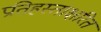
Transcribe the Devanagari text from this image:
प्रतिहस्ताक्षरित